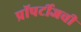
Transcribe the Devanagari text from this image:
प्रॉपर्टीजची